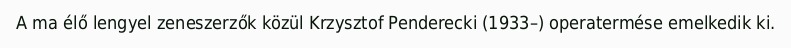
A ma élő lengyel zeneszerzők közül Krzysztof Penderecki (1933–) operatermése emelkedik ki.